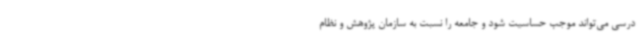
درسی می‌تواند موجب حساسیت شود و جامعه را نسبت به سازمان پژوهش و نظام